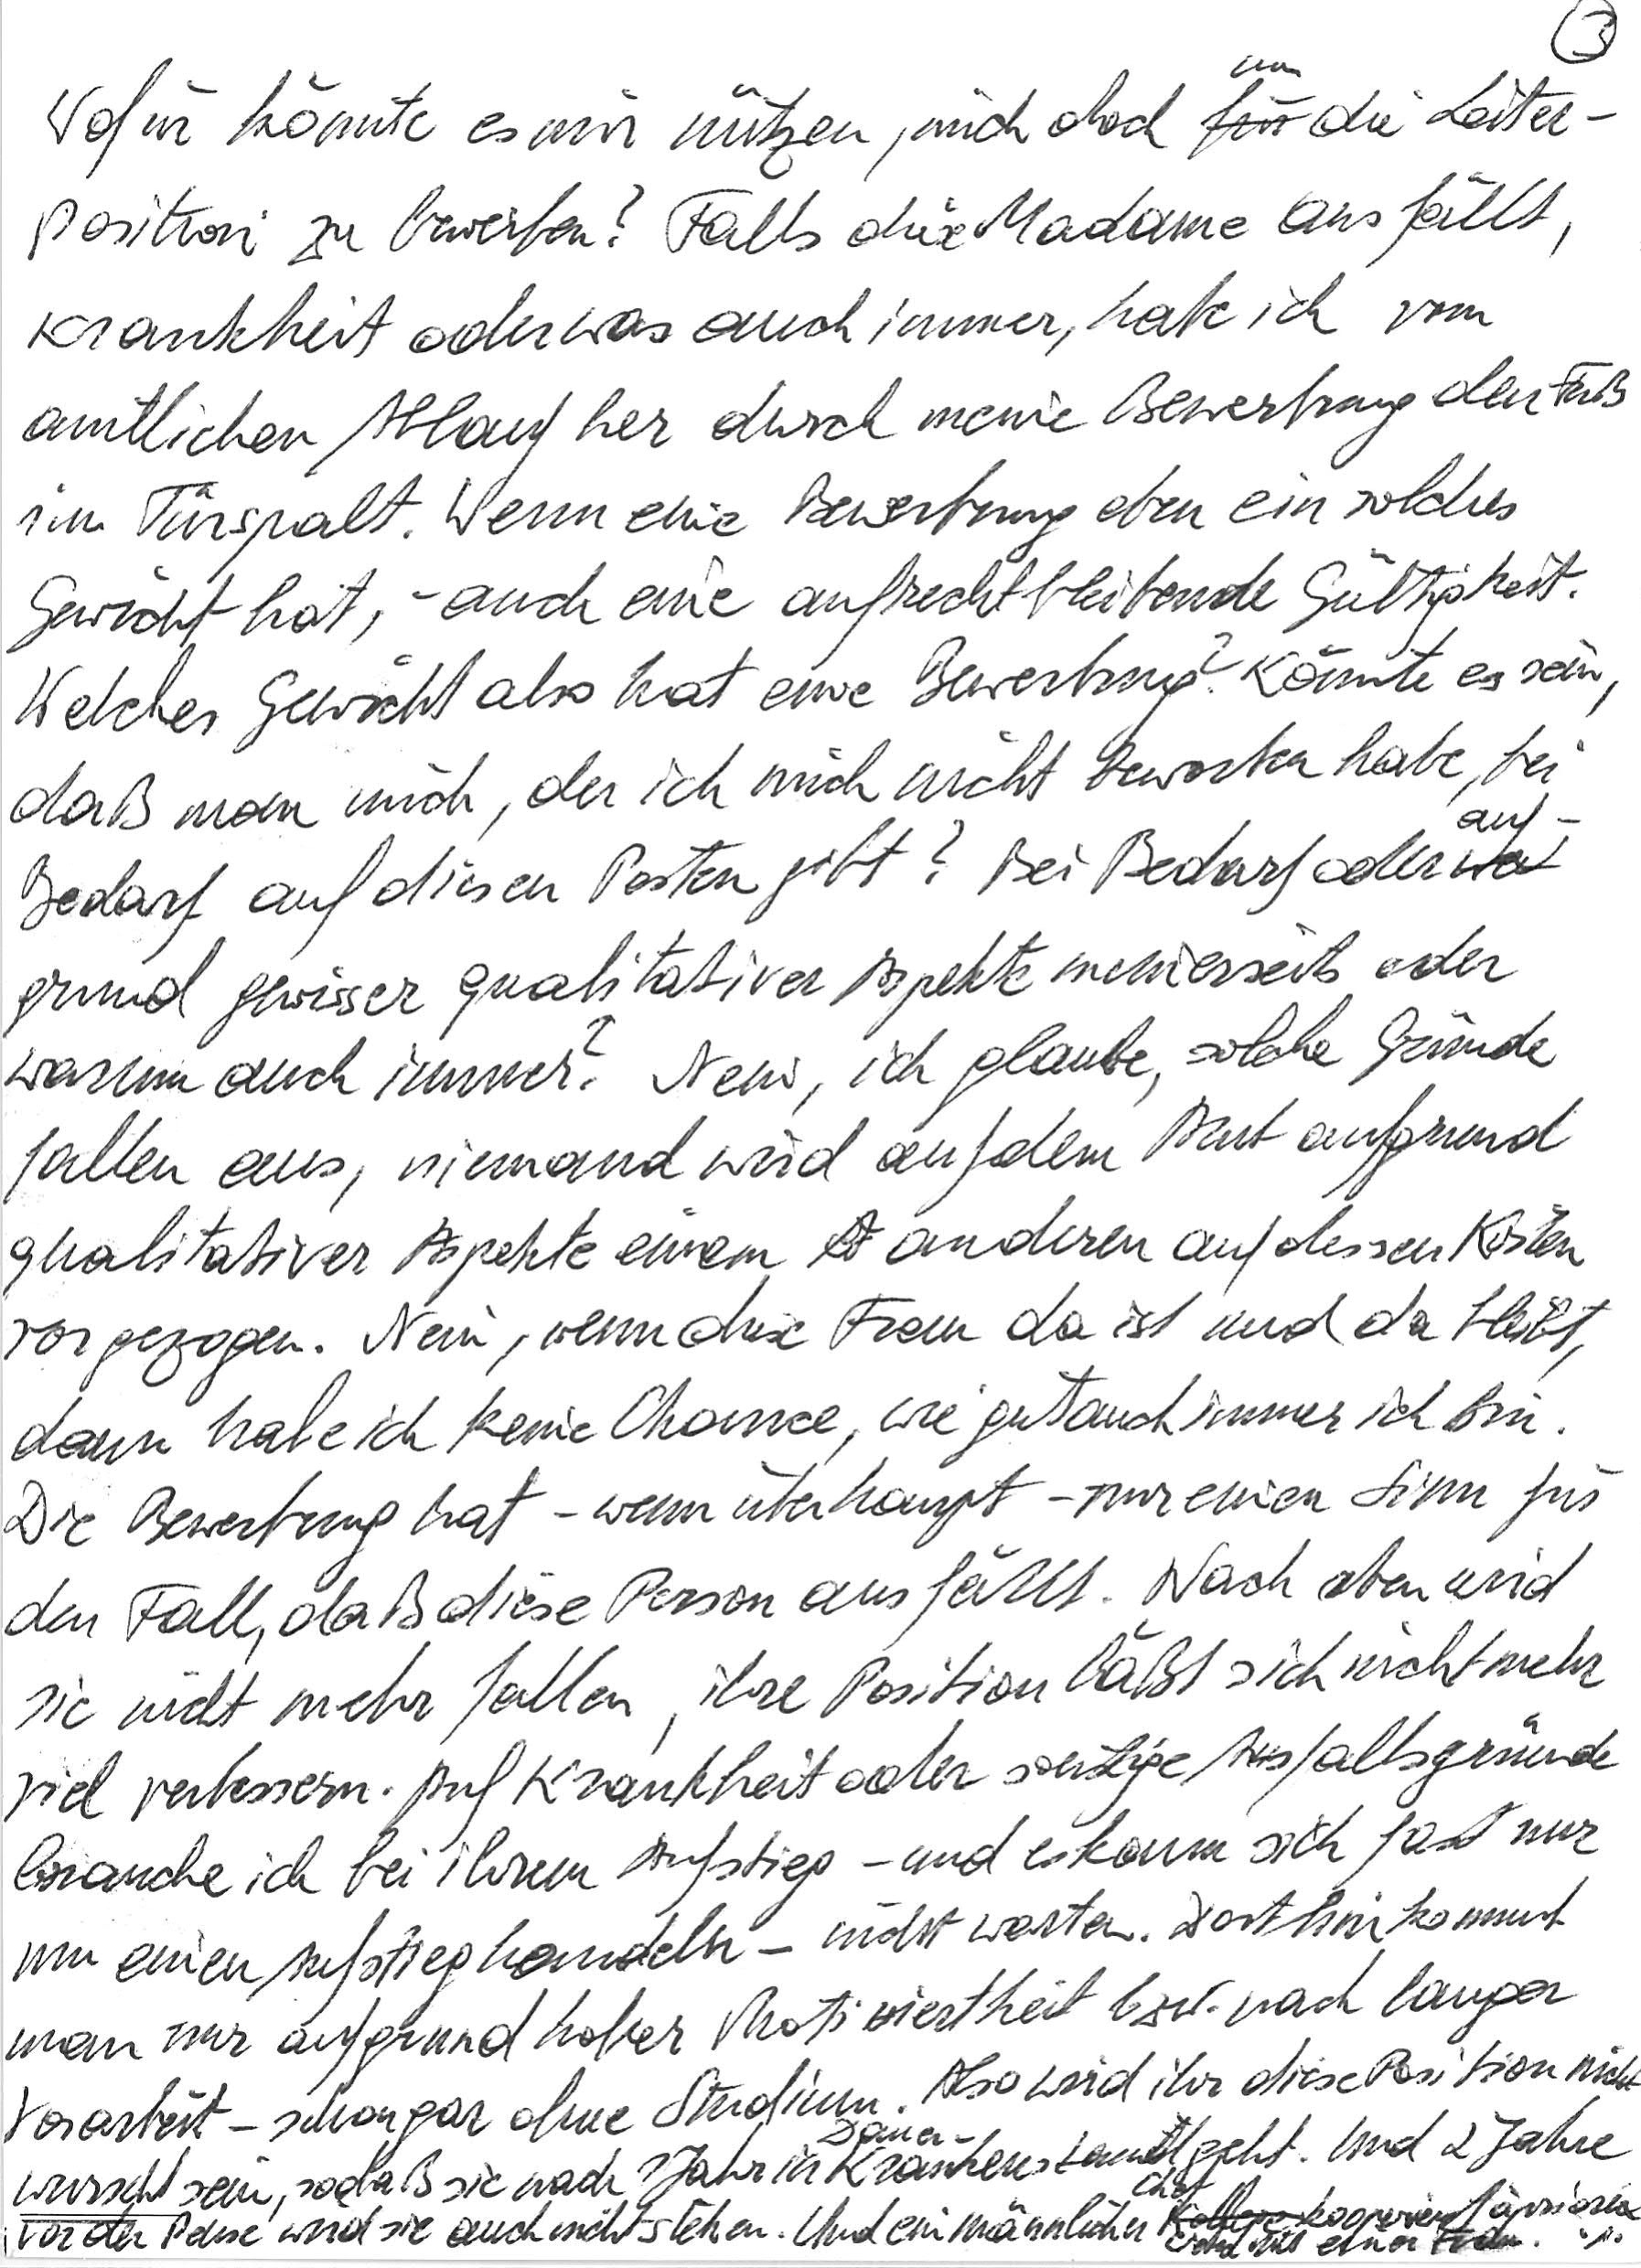
Wofür könnte es mir nützen, mich doch um die Leiter-
position zu bewerben? Falls diese Madame ausfällt,
Krankheit oder was auch immer, habe ich vom
amtlichen Ablauf her durch meine Bewerbung den Fuß
im Türspalt. Wenn eine Bewerbung eben ein solches
Gewicht hat, – auch eine aufrecht bleibende Gültigkeit.
Welches Gewicht also hat eine Bewerbung? Könnte es sein,
daß man mich, der ich mich nicht beworben habe, bei
Bedarf auf diesen Posten gibt? Bei Bedarf oder auf-
grund gewisser qualitativer Aspekte meinerseits oder
warum auch immer? Nein, ich glaube, solche Gründe
fallen aus, niemand wird auf dem Amt aufgrund
qualitativer Aspekte einem anderen auf dessen Kosten
vorgezogen. Nein, wenn diese Frau da ist und da bleibt,
dann habe ich keine Chance, wie gut auch immer ich bin.
Die Bewerbung hat – wenn überhaupt – nur einen Sinn für
den Fall, daß diese Person ausfällt. Nach oben wird
sie nicht mehr fallen, ihre Position läßt sich nicht mehr
viel verbessern. Auf Krankheit oder sonstige Ausfallsgründe
brauche ich bei ihrem Aufstieg – und es kann sich fast nur
um einen Aufstieg handeln – nicht warten. Dorthin kommt
man nur aufgrund hoher Motiviertheit bzw. nach langer
Vorarbeit – schon gar ohne Studium. Also wird ihr diese Position nicht
wurscht sein, sodaß sie nach 1 Jahr in Dauer-Krankenstand geht. Und 2 Jahre
vor der Pense wird sie auch nicht stehen. Und ein männlicher Chef kooperiert à priori
lieber mit einer Frau.